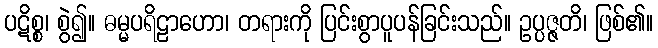
ပဋိစ္စ၊ စွဲ၍။ ဓမ္မပရိဠာဟော၊ တရားကို ပြင်းစွာပူပန်ခြင်းသည်။ ဥပ္ပဇ္ဇတိ၊ ဖြစ်၏။